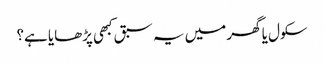
سکول یا گھر میں یہ سبق کبھی پڑھایا ہے؟